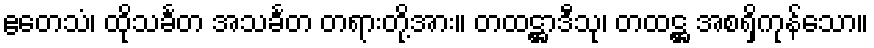
ဧတေသံ၊ ထိုသင်္ခတ အသင်္ခတ တရားတို့အား။ တထဋ္ဌာဒီသု၊ တထဋ္ဌ အစရှိကုန်သော။